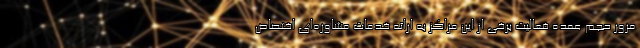
مرور حجم عمده فعالیت برخی از این مراکز به ارائه خدمات مشاوره‌ای اختصاص